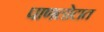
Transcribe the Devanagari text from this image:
पाणलोटात